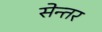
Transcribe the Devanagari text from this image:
सेन्तर